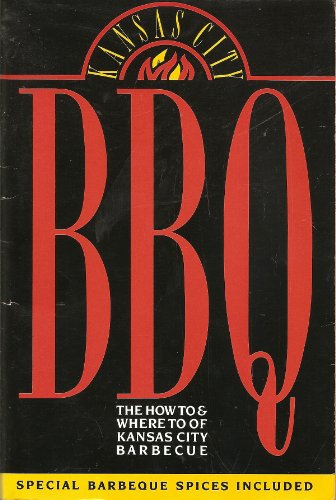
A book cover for Kansas City Bbq: The How to and Where to of Kansas City Barbecue/Special Barbecue Spices Included; Bill, III Venable; Travel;